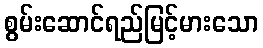
စွမ်းဆောင်ရည်မြင့်မားသော